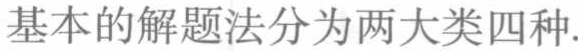
基本的解题法分为两大类四种.